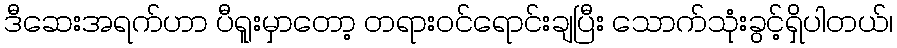
ဒီဆေးအရက်ဟာ ပီရူးမှာတော့ တရားဝင်ရောင်းချပြီး သောက်သုံးခွင့်ရှိပါတယ်၊